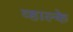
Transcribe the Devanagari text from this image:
व्हाल्के